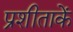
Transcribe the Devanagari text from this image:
प्रशीताकें